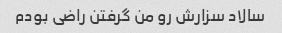
سالاد سزارش رو من گرفتن راضی بودم